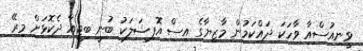
ވީނިއުސްއާ ވާހަކަ ދައްކަމުން މާޒިޔާގެ އިސް އޮފިޝަލަކު ބުނީ ބިޖީއާ ދެކޮޅަށް މިރޭ